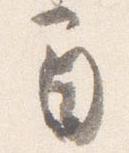
間